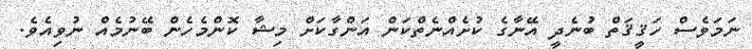
ނަމަވެސް ހަޤީޤަތް ބުނެދީ އޭނާގެ ކުށެއްނެތްކަން އަންގާކަށް މިޝާ ކޮންމެހެން ބޭނުމެއް ނުވިއެވެ.